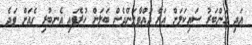
އަދި އަންބަރު ސައިކަލަށް އަރާ ދުއްވާލަންދެން ބަލަން ހުރެފައި އެނބުރި ގެއަށް ވަދެ